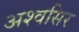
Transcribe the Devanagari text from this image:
अश्वसिर